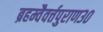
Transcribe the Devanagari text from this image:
ब्रहम्वैवर्त्तपुराण३०